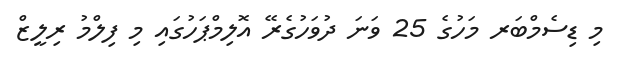
މި ޑިސެމްބަރ މަހުގެ 25 ވަނަ ދުވަހުގެރޭ އޮލިމްޕަހުގައި މި ފިލްމު ރިލީޒް